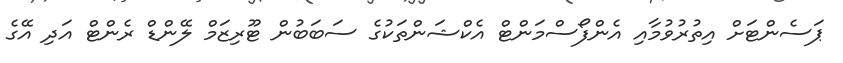
ޕަސެންޓަށް އިތުރުވުމާއި އެންފޯސްމަންޓް އެކްޝަންތަކުގެ ސަބަބުން ޓޫރިޒަމް ލޭންޑް ރެންޓް އަދި އޭގެ